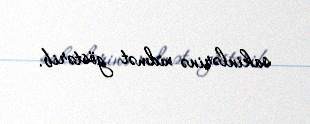
sakinlərinə xidmət göstərib.